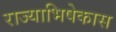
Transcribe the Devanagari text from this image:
राज्याभिषेकास